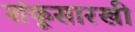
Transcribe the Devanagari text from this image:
शंकूसारखी